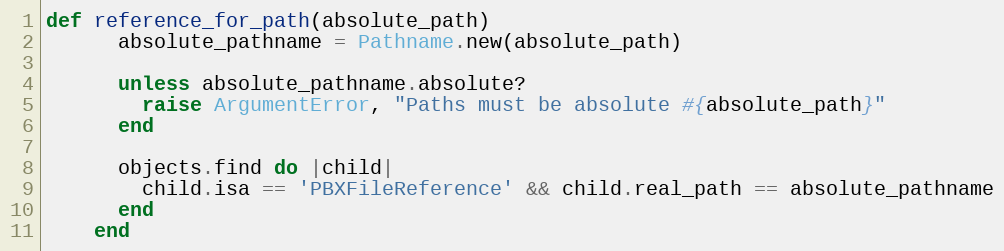
Language: Ruby
def reference_for_path(absolute_path)
      absolute_pathname = Pathname.new(absolute_path)

      unless absolute_pathname.absolute?
        raise ArgumentError, "Paths must be absolute #{absolute_path}"
      end

      objects.find do |child|
        child.isa == 'PBXFileReference' && child.real_path == absolute_pathname
      end
    end